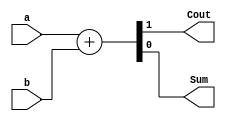
//`timescale 1ns / 1ps
//////////////////////////////////////////////////////////////////////////////////
// Company: 
// Engineer: 
// 
// Design Name: 
// Module Name: ha
// Project Name: 
// Target Devices: 
// Tool Versions: 
// Description: 
// 
// Dependencies: 
// 
// Revision:
// Revision 0.01 - File Created
// Additional Comments:
// 
//////////////////////////////////////////////////////////////////////////////////


module ha(
input a,
input b,
output Cout,
output Sum
    );

    wire [1:0] temp;
    assign temp=a+b;
    assign Sum=temp[0];
    assign Cout=temp[1];
//  assign Sum=a^b;
//  assign Cout=a&b;
endmodule